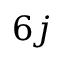
6 j